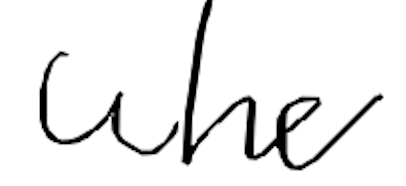
Text: who
Cross-out: clean
Writing tool: digital_black